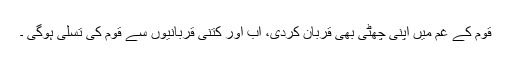
قوم کے غم میں اپنی چھٹی بھی قربان کردی، اب اور کتنی قربانیوں سے قوم کی تسلی ہوگی ۔